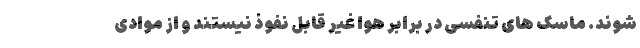
شوند. ماسک های تنفسی در برابر هوا غیر قابل نفوذ نیستند و از موادی